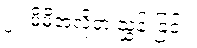
၂။ မိမိအလို့ငှာ ညွှန်းခြင်း၊